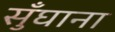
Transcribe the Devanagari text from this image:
सुँघाना